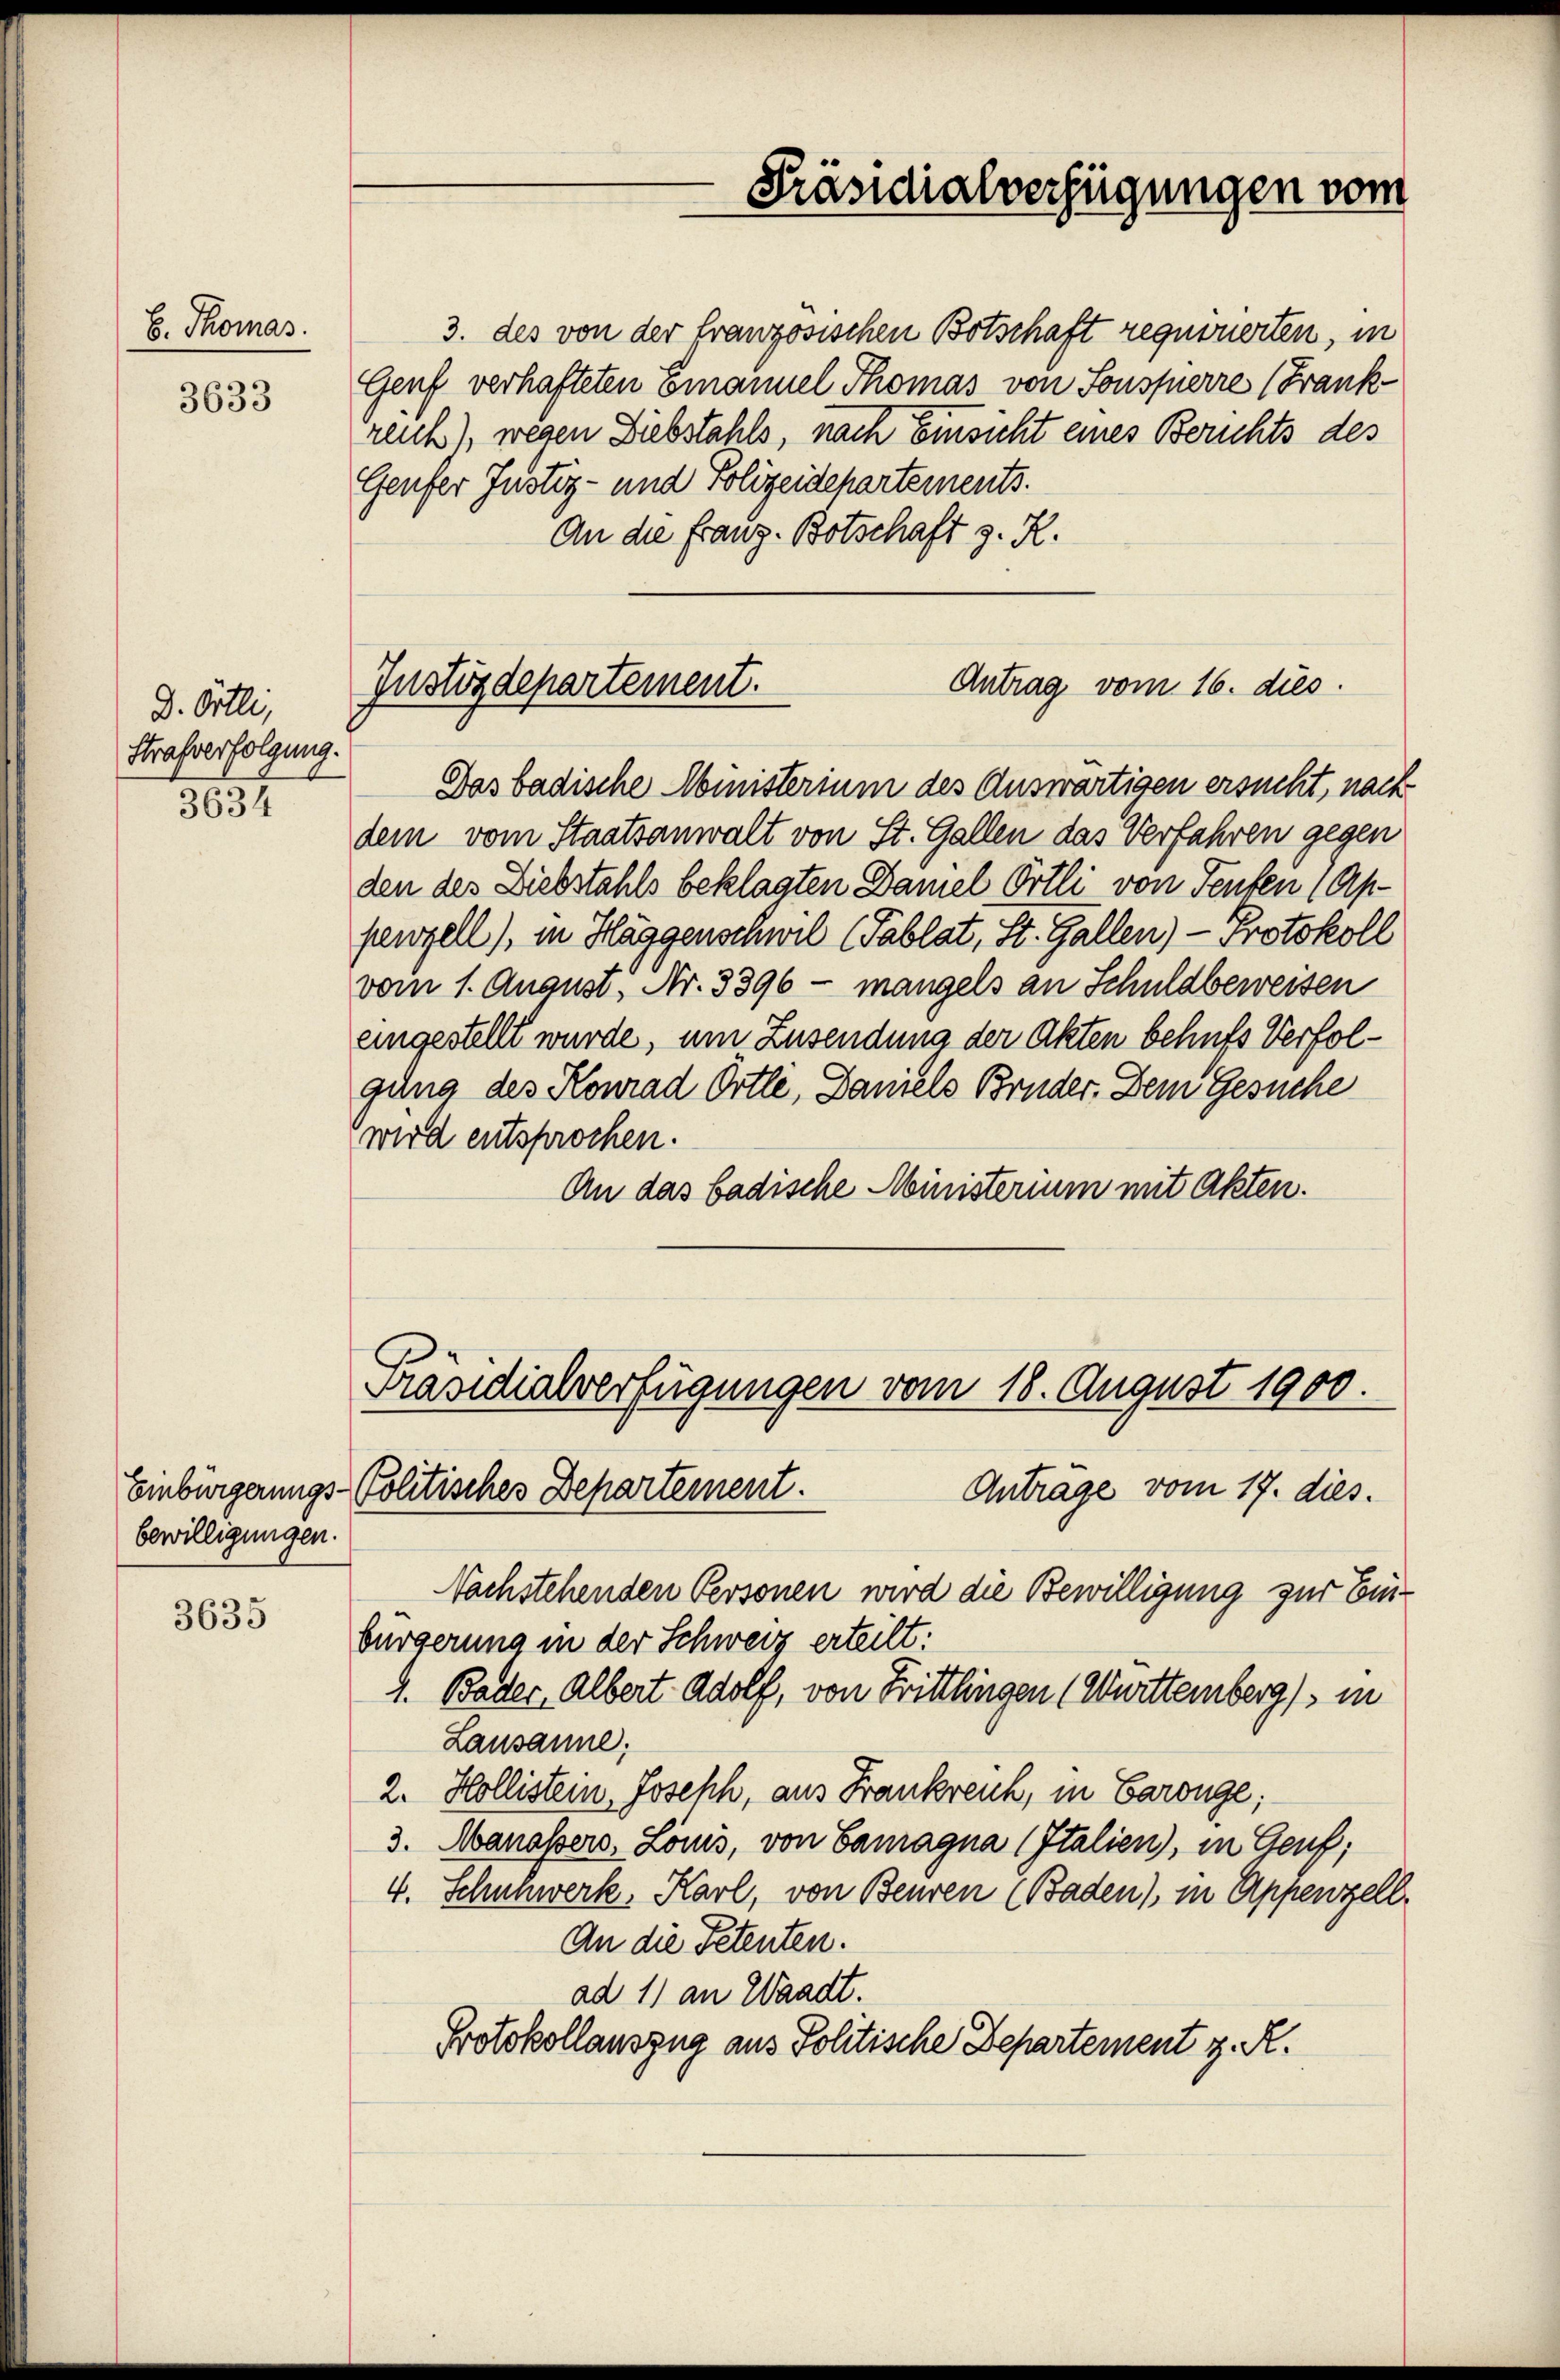
S. Thomas.

3633

D. Ötli,
Strafverfolgung.
3634

Einbürgerungs-
bewilligungen.

3635

Präsidialverfügungen vom

3. des von der französischen Botschaft requirierten, in
Genf verhafteten Emanuel Thomas von Sonsperre (Frankreich), wegen Diebstahls, nach Einsicht eines Berichts des
Genfer Justiz- und Polizeidepartements.
An die Franz- Botschaft z. R.

Antrag vom 16. dies
Justizdepartement.

Präsidialverfügungen vom 18. August 1900.
Politisches Departement.
Antrage vom 17. dies.

Das badische Ministerium des Auswärtigen ersucht, nach
dem vom Staatsanwalt von St. Gallen das Verfahren gegen
den des Diebstahls beklagten Damel Örtli von Teufen (Ap-
penzell), in Häggenschwil (Tablat, St. Gallen) — Protokoll
vom 1. August, Nr. 3396 - mangels an Schuldbeweisen
eingestellt wurde, um Zusendung der Akten behufs Verfolgung des Konrad Ortli, Daniels Bruder. Dem Gesuche
wird entsprochen.
An das badische Ministerium mit Akten.

Nachstehenden Personen wird die Bewilligung zur Einbürgerung in der Schweiz erteilt:
4. Bader, Albert Adolf, von Frittlingen (Württemberg / in
Lausanne;
2. Hollistein, Joseph, aus Frankreich, in Baronge;
3. Manassers, Löwis, von Camagna (Italien), in Genf;
4. Schnnwerk, Karl, von Beuren (Baden), in Appenzell.
An die Petenten.
ad 1) an Waadt.
Protokollauszug aus Politische Departement z. R.